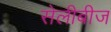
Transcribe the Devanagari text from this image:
सेलीबीज